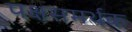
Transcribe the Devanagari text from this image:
पक्षसमर्थक